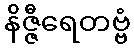
နိဇ္ဇီရေတဗ္ဗံ